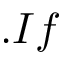
. I f